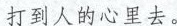
打到人的心里去。